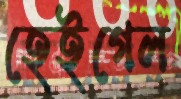
হেইগেল